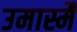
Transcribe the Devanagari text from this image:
उमास्मै